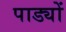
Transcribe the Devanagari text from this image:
पाड्यों